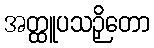
အတ္ထူပသဉှိတော